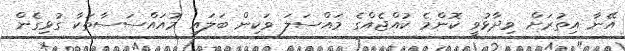
އޭނާ އިތުރަށް ވިދާޅުވީ ކޮންމެ ކުއްޖެއްގެ މައްސަލަ ވަކިން ބަލައި މުއައްސަސާތަކާ ގުޅިގެން